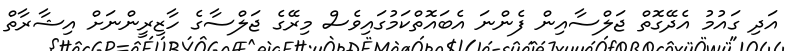
އަދި ގައުމު އެދޭގޮތް ޖަލްސާއިން ފެންނަ އެބައޮތްކަމުގައިވެސް މިރޭގެ ޖަލްސާގެ ހާޒިރީންނަށް އިޝާރާތް